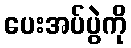
ပေးအပ်ပွဲကို